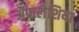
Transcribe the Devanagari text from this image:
ॲपालेशिया